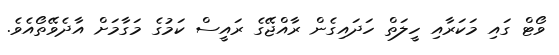
ވޯޓް ގައި މަކަރާއި ހީލަތް ހަދައިގެން ރާއްޖޭގެ ރައީސް ކަމުގެ މަގާމަށް އާދެވޭތޯއެވެ.